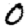
Digit: 0